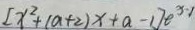
[ x ^ { 2 } + ( a + 2 ) x + a - 1 ] e ^ { x - 1 }